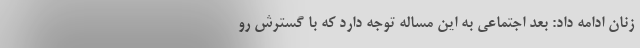
زنان ادامه داد: بعد اجتماعی به این مساله توجه دارد که با گسترش رو